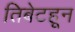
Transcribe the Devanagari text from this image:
तिबेटहून